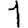
Digit: 1